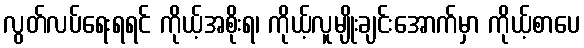
လွတ်လပ်ရေးရရင် ကိုယ့်အစိုးရ၊ ကိုယ့်လူမျိုးချင်းအောက်မှာ ကိုယ့်စာပေ